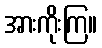
အားကိုးကြ။